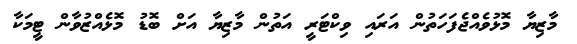
މާޒިޔާ މޮޅުވެއްޖެފަހަތުން އަރައި ވިކްޓަރީ އަތުން މާޒިޔާ އަށް ބޮޑު މޮޅެއްޒުވާން ޓީމަކާ